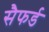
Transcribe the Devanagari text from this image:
सैफर्ड